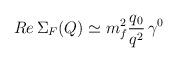
LaTeX: \begin{align*}Re \, \Sigma_F (Q) \simeq m_f^2 \frac{q_0}{q^2} \, \gamma^0\end{align*}